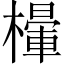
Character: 𣜸